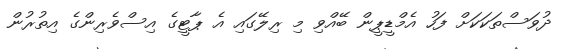
ދުވަސްތަކަކަށް ފަހު އެމްޑީޕީން ބޭއްވި މި ރިލޭގައި އެ ޕާޓީގެ އިސްވެރިންގެ އިތުރުން